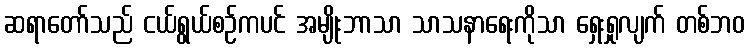
ဆရာတော်သည် ငယ်ရွယ်စဉ်ကပင် အမျိုးဘာသာ သာသနာရေးကိုသာ ရှေးရှုလျက် တစ်ဘဝ